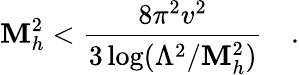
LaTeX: \mathbf{M}_{h}^{2}<{\frac{{8\pi^{2}v^{2}}}{{3\log(\Lambda^{2}/\mathbf{M}_{h}^{2})}}}\quad.